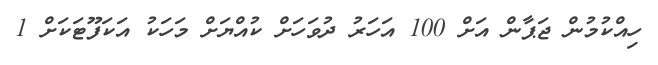
ހިއްކުމުން ޖަޕާން އަށް 100 އަހަރު ދުވަހަށް ކުއްޔަށް މަހަކު އަކަފޫޓަކަށް 1